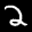
Label: 2